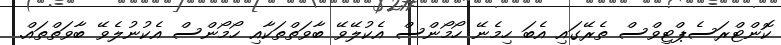
ކޮންޓްރަސެޕްޓިވްސް ތެރޭގައި އެބަ ހިމެނޭ ހޯމޯންސް އެކުލޭވޭ ބާވަތްތަކާއި ހޯމޯންސް އެކުނުލެވޭ ބާވަތްތައް.